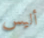
أليس